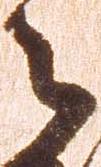
令